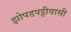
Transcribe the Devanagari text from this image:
झोपडपट्टीवासी